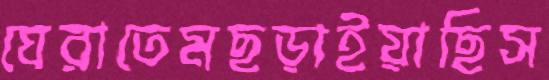
ঘেরাতেমছড়াইয়াছিস